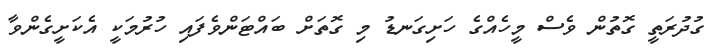
ގުދުރަތީ ގޮތުން ވެސް މީހެއްގެ ހަށިގަނޑު މި ގޮތަށް ބައްޓަންވެފައި ހުރުމަކީ އެކަށީގެންވާ